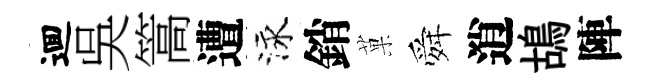
逥吳篙遭泳銷菓舜逍鴣陣